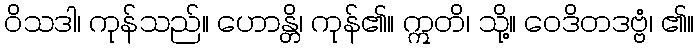
ဝိသဒါ၊ ကုန်သည်။ ဟောန္တိ၊ ကုန်၏။ ဣတိ၊ သို့။ ဝေဒိတဒဗ္ဗံ၊ ၏။